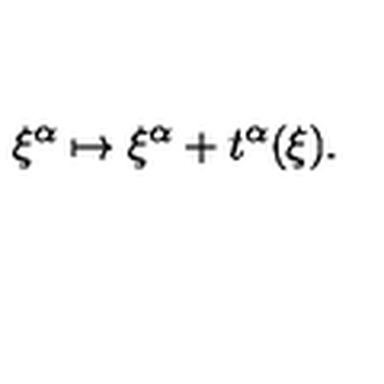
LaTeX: \xi ^ { \alpha } \mapsto \xi ^ { \alpha } + t ^ { \alpha } ( \xi ) .